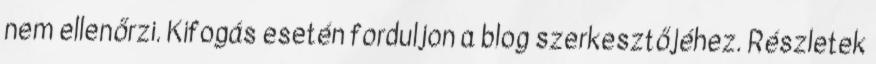
nem ellenőrzi. Kifogás esetén forduljon a blog szerkesztőjéhez. Részletek